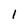
Character: 1